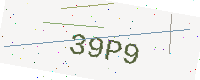
Text: 39P9